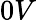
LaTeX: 0V